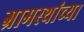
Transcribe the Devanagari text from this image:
ग्रामस्‍थांच्‍या